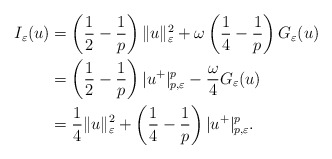
\begin{align*}I_{\varepsilon}(u) & =\left(\frac{1}{2}-\frac{1}{p}\right)\|u\|_{\varepsilon}^{2}+\omega\left(\frac{1}{4}-\frac{1}{p}\right)G_{\varepsilon}(u) \\ & =\left(\frac{1}{2}-\frac{1}{p}\right)|u^{+}|_{p,\varepsilon}^{p}-\frac{\omega}{4}G_{\varepsilon}(u)\\ & =\frac{1}{4}\|u\|_{\varepsilon}^{2}+\left(\frac{1}{4}-\frac{1}{p}\right)|u^{+}|_{p,\varepsilon}^{p}. \end{align*}